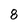
Character: 8